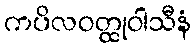
ကပိလဝတ္ထုဝါသီနံ